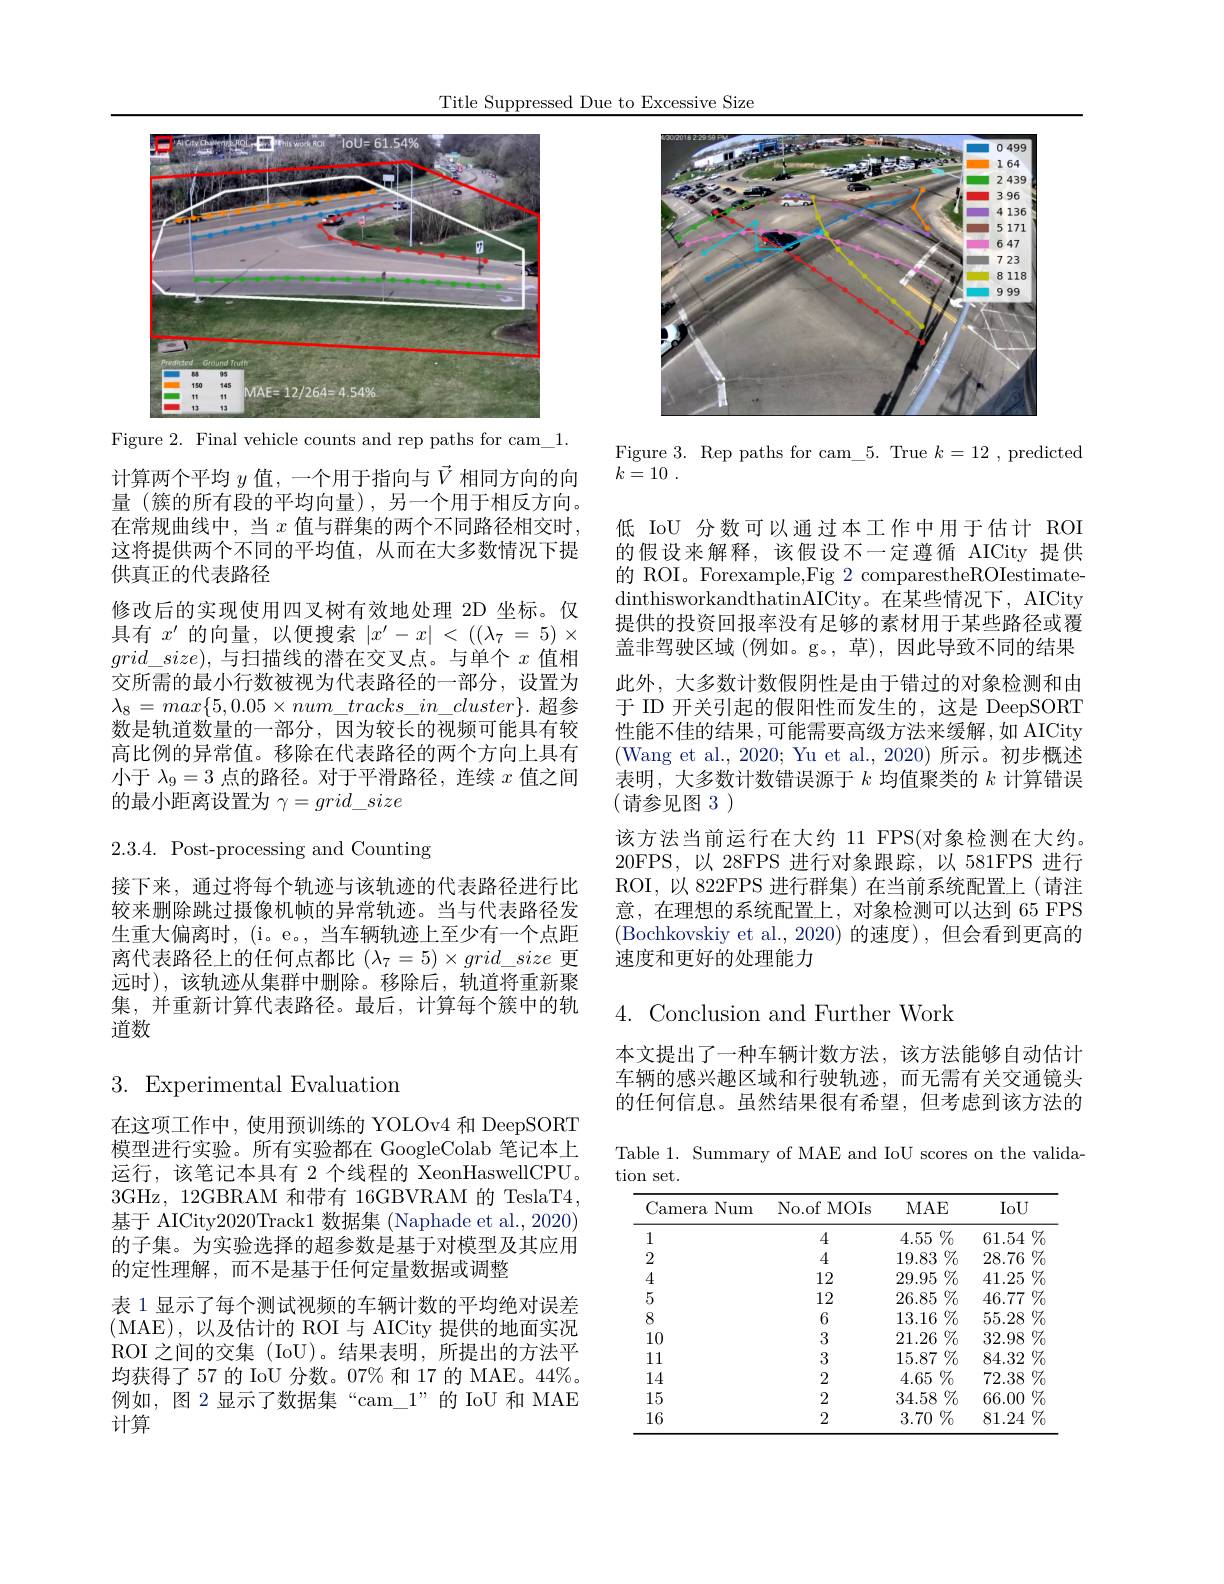
Title Suppressed Due to Excessive Size

<FigureHere>
Figure 2. Final vehicle counts and rep paths for cam\_1.

计算两个平均$y$值，一个用于指向与$\vec{V}$相同方向的向量(簇的所有段的平均向量),另一个用于相反方向。在常规曲线中，当$x$值与群集的两个不同路径相交时这将提供两个不同的平均值，从而在大多数情况下提供真正的代表路径
修改后的实现使用四叉树有效地处理 2D 坐标。仅具有$x^\prime$的向量，以便搜索$|x^\prime-x|<((\lambda_7=5)\times$ $grid\_size)$,与扫描线的潜在交叉点。与单个$x$值相交所需的最小行数被视为代表路径的一部分，设置为$\lambda_{8}=max\{5,0.05\times num\_tracks\_in\_cluster\}.$超参数是轨道数量的一部分，因为较长的视频可能具有较高比例的异常值。移除在代表路径的两个方向上具有小于$\lambda_9=3$点的路径。对于平滑路径，连续$x$值之间的最小距离设置为$\gamma=grid\_size$

2.3.4. Post-processing and Counting

接下来，通过将每个轨迹与该轨迹的代表路径进行比较来删除跳过摄像机帧的异常轨迹。当与代表路径发生重大偏离时，(i。e。, 当车辆轨迹上至少有一个点距离代表路径上的任何点都比$(\lambda_7=5)\times grid\_size$更远时),该轨迹从集群中删除。移除后，轨道将重新聚集，并重新计算代表路径。最后，计算每个簇中的轨道数

# 3. Experimental Evaluation

在这项工作中，使用预训练的 YOLOv4 和 DeepSORT 模型进行实验。所有实验都在 GoogleColab 笔记本上运行，该笔记本具有 2 个线程的 XeonHaswellCPU。3GHz,12GBRAM 和带有 16GBVRAM 的 TeslaT4, 基于 AICity2020Track1 数据集 (Naphade et al., 2020) 的子集。为实验选择的超参数是基于对模型及其应用的定性理解，而不是基于任何定量数据或调整
表 1 显示了每个测试视频的车辆计数的平均绝对误差(MAE),以及估计的 ROI 与 AICity 提供的地面实况ROI 之间的交集 (IoU)。结果表明，所提出的方法平均获得了57 的 IoU 分数。07% 和 17 的 MAE。44%。例如，图 2 显示了数据集“cam\_1”的 IoU 和 MAE 计算

<FigureHere>

Figure 3. Rep paths for cam\_5. True $k=12$ ,predicted
$k= 10$ .

低 IoU 分数可以通过本工作中用于估计 ROI 的假设来解释，该假设不一定遵循 AICity 提供的 ROI。Forexample,Fig 2 comparestheROIestimatedinthisworkandthatinAICity。在 某 些 情 况 下 , AICity 提供的投资回报率没有足够的素材用于某些路径或覆盖非驾驶区域 (例如。g。,草),因此导致不同的结果此外，大多数计数假阴性是由于错过的对象检测和由于 ID 开关引起的假阳性而发生的，这是 DeepSORT 性能不佳的结果，可能需要高级方法来缓解，如 AICity (Wang et al., 2020; Yu et al., 2020) 所示。初步概述表明，大多数计数错误源于$k$均值聚类的$k$计算错误(请参见图 3)
该方法当前运行在大约 11 FPS(对象检测在大约。20FPS,以 28FPS 进行对象跟踪，以 581FPS 进行ROI,以 822FPS 进行群集)在当前系统配置上(请注意，在理想的系统配置上，对象检测可以达到 65 FPS (Bochkovskiy et al., 2020)的速度),但会看到更高的速度和更好的处理能力

# 4. Conclusion and Further Work

本文提出了一种车辆计数方法，该方法能够自动估计车辆的感兴趣区域和行驶轨迹，而无需有关交通镜头的任何信息。虽然结果很有希望，但考虑到该方法的Table 1. Summary of MAE and IoU scores on the valida-

tion set.
<table>
	<tbody>
		<tr>
			<th>Camera Num</th>
			<th>No.of MOIs</th>
			<th>$MAE$</th>
			<th>IoU</th>
		</tr>
		<tr>
			<td>1</td>
			<td>4</td>
			<td>4.55 $\%$</td>
			<td>61.54 07 1 1</td>
		</tr>
		<tr>
			<td>2</td>
			<td>4</td>
			<td>$\%$ 19.83</td>
			<td>28.76</td>
		</tr>
		<tr>
			<td>4</td>
			<td>12</td>
			<td>$29.95\%$</td>
			<td>$41.25\%$</td>
		</tr>
		<tr>
			<td>5</td>
			<td>12</td>
			<td>$26.85\%$</td>
			<td>$46.77\%$</td>
		</tr>
		<tr>
			<td>8</td>
			<td>6</td>
			<td>$13.16\%$</td>
			<td>$55.28\%$</td>
		</tr>
		<tr>
			<td>10</td>
			<td>3</td>
			<td>$\%$ 21.26</td>
			<td>$\%$ 32.98 T</td>
		</tr>
		<tr>
			<td>111</td>
			<td>3</td>
			<td>$15.87\%$</td>
			<td>$\%$ 84.32 1</td>
		</tr>
		<tr>
			<td>14</td>
			<td>2</td>
			<td>$4.65\%$</td>
			<td>$\%$ 72.38 -</td>
		</tr>
		<tr>
			<td>15</td>
			<td>2</td>
			<td>$34.58\%$</td>
			<td>07 66.00 1</td>
		</tr>
		<tr>
			<td>16</td>
			<td>2</td>
			<td>$3.70\%$</td>
			<td>$81.24\%$ T   </td>
		</tr>
	</tbody>
</table>